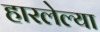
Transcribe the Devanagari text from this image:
हारलेल्या